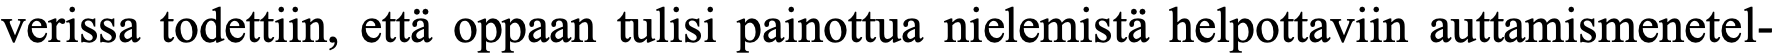
verissa todettiin, että oppaan tulisi painottua nielemistä helpottaviin auttamismenetel-